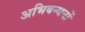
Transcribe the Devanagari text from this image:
अभिबन्धनों